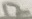
Text: 12